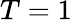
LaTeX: T=1